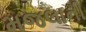
મજલાની